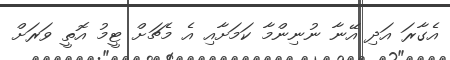
އެގާރަ އަދި އޭނާ ނުނިންމާ ކަމަށާއި އެ މެޗަށް ޓީމު އޮތީ ވަރަށް